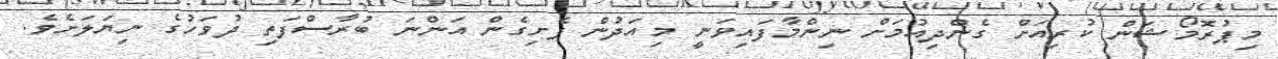
މިޕުރޮމޯޝަން ކުރިއަށް ގެންދިއުމަށް ނިންމާފައިވަނީ މިއަދުން ފެށިގެން އަންނަ ބުރާސްފަތި ދުވަހުގެ ނިޔަލަށެވެ.